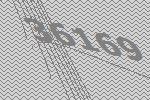
36169